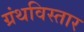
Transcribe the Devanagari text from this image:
ग्रंथविस्तार